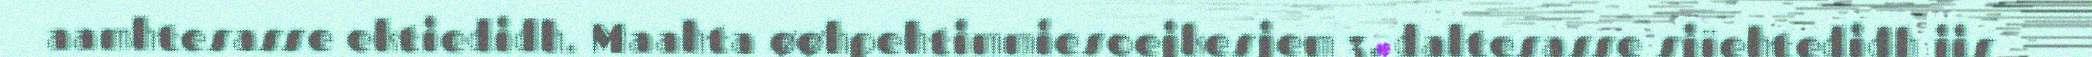
aamhtesasse ektiedidh. Maahta øøhpehtimmiesoejkesjem 3. daltesasse sjïehtedidh jis